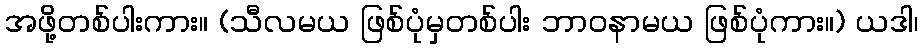
အဖို့တစ်ပါးကား။ (သီလမယ ဖြစ်ပုံမှတစ်ပါး ဘာဝနာမယ ဖြစ်ပုံကား။) ယဒါ၊